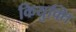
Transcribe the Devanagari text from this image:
कियुक्ति